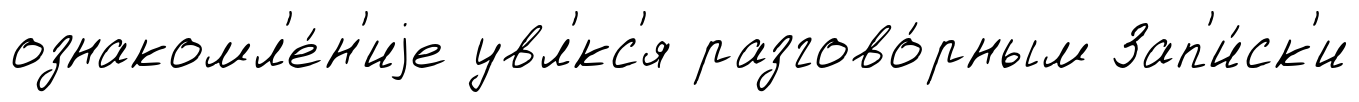
ознакомл'е́н'иjе увл'́кс'я разгово́рным Зап'и́ск'и